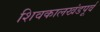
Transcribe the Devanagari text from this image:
शिवकालखंडपूर्व